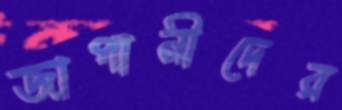
জাপানীদের